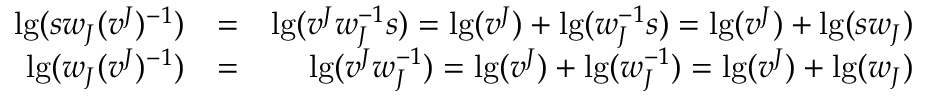
\begin{array} { r l r } { \lg ( s w _ { J } ( v ^ { J } ) ^ { - 1 } ) } & { = } & { \lg ( v ^ { J } w _ { J } ^ { - 1 } s ) = \lg ( v ^ { J } ) + \lg ( w _ { J } ^ { - 1 } s ) = \lg ( v ^ { J } ) + \lg ( s w _ { J } ) } \\ { \lg ( w _ { J } ( v ^ { J } ) ^ { - 1 } ) } & { = } & { \lg ( v ^ { J } w _ { J } ^ { - 1 } ) = \lg ( v ^ { J } ) + \lg ( w _ { J } ^ { - 1 } ) = \lg ( v ^ { J } ) + \lg ( w _ { J } ) } \end{array}